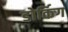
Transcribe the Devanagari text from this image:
डोर्किग